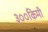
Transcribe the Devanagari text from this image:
३००किमी